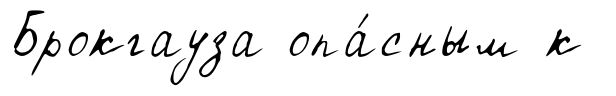
Брокгауза опа́сным к